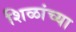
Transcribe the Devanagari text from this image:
शिळांच्या